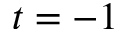
t = - 1